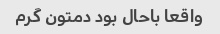
واقعا باحال بود دمتون گرم